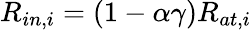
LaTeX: R_{in,i}=\left(1-\alpha\gamma\right)R_{at,i}